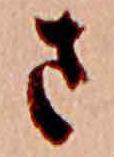
さ